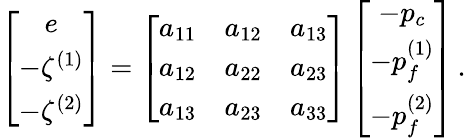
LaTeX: \left[\begin{array}{c}{e}\\ {-\zeta^{(1)}}\\ {-\zeta^{(2)}}\end{array}\right]=\left[\begin{array}{ccc}{a_{11}}&{a_{12}}&{a_{13}}\\ {a_{12}}&{a_{22}}&{a_{23}}\\ {a_{13}}&{a_{23}}&{a_{33}}\end{array}\right]\left[\begin{array}{c}{-p_{c}}\\ {-p_{f}^{(1)}}\\ {-p_{f}^{(2)}}\end{array}\right]\, .